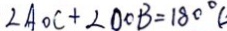
\angle A O C + 2 \angle D O B = 1 8 0 ^ { \circ } (